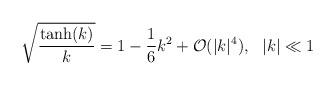
LaTeX: \begin{align*}\sqrt{\frac{\tanh(k)}{k}}=1-\frac{1}{6}k^2+\mathcal{O}(|k|^4),~~|k|\ll 1\end{align*}